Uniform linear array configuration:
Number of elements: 16
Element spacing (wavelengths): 1
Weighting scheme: cosine
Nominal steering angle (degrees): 0
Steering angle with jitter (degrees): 0.1553
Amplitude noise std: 0.05
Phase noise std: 0.05

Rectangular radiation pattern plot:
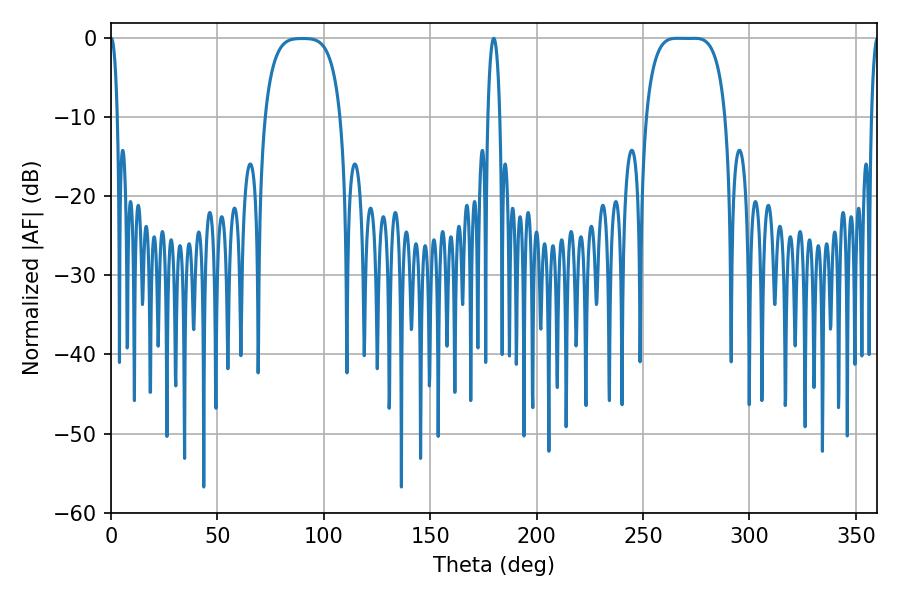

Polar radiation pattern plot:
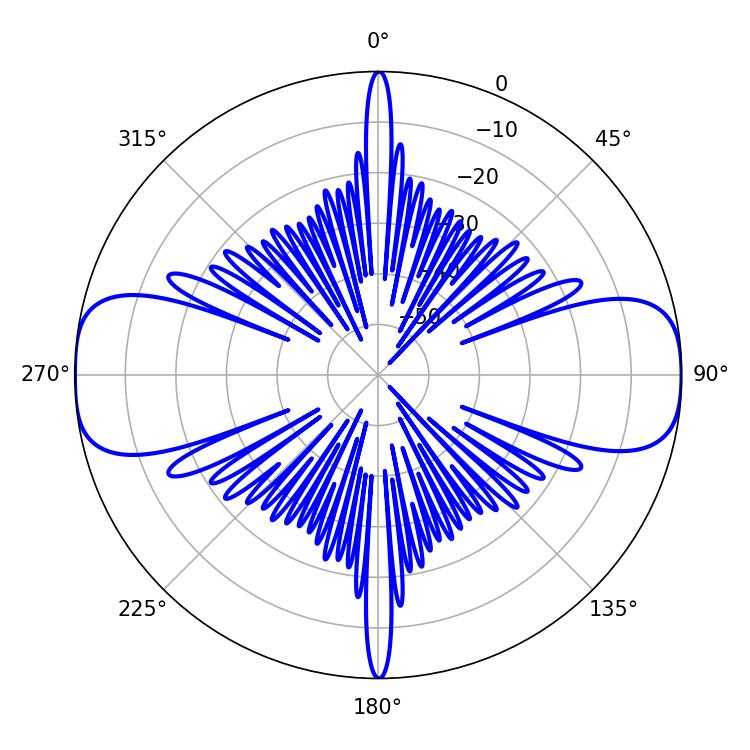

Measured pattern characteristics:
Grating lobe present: TRUE
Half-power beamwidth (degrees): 28.8
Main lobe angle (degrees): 265.86